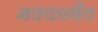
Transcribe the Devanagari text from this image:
मक्कार्थेय